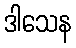
ဒါသေန